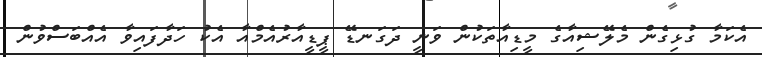
އެކަމާ ގުޅިގެން މެލޭޝިއާގެ މީޑިއާތަކުން ވަނީ ދަގަނޑޭ ޕީޑީއާރުއެމްއާ އެކު ހަދާފައިވާ އެއްބަސްވުން